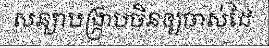
សន្យាបង្ក្រាបចិនឲ្យចាស់ដៃ